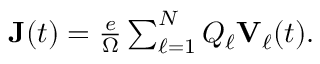
\begin{array} { r } { \mathbf { J } ( t ) = \frac { e } { \Omega } \sum _ { \ell = 1 } ^ { N } Q _ { \ell } \mathbf { V } _ { \ell } ( t ) . } \end{array}